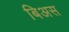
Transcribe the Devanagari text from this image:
बिअस